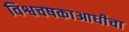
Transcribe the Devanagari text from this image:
विश्वचषकाआधीचा